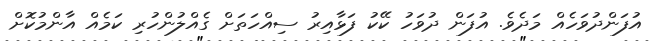
އުފަންދުވަހެއް މަދެވެ. އުފަން ދުވަހު ކޭކު ފަޅާއިރު ސިއްހަތަށް ގެއްލުންހުރި ކަމެއް އާންމުކޮށް